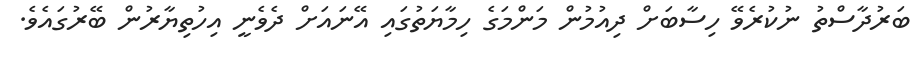
ބަރުދާސްތު ނުކުރެވޭ ހިސާބަށް ދިއުމުން މަންމަގެ ހިމާޔަތުގައި އޭނައަށް ދެވެނީ އިހުތިޔާރުން ބޭރުގައެވެ.